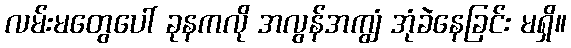
လမ်းမတွေပေါ် ခုနကလို အလွန်အကျွံ အုံခဲနေခြင်း မရှိ။